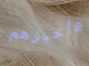
وأخبرهم